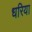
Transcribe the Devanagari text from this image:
धरिया